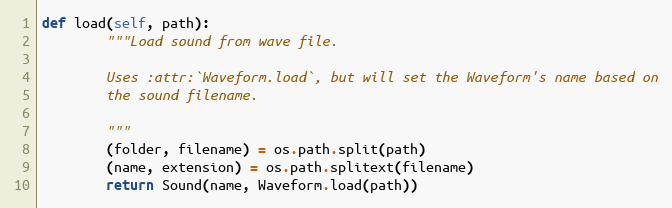
Language: Python
def load(self, path):
        """Load sound from wave file.

        Uses :attr:`Waveform.load`, but will set the Waveform's name based on
        the sound filename.

        """
        (folder, filename) = os.path.split(path)
        (name, extension) = os.path.splitext(filename)
        return Sound(name, Waveform.load(path))